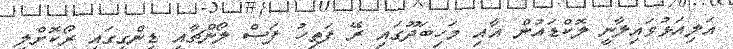
އަލިއަޅުވައިލާނީ ލޮކްޑައުން އާއި މަހިބަދޫގައި ރޭ ފަތިހު ފަސް ލޯންޗާއި ޑިންގީގައި ރޯކޮށްލި